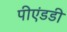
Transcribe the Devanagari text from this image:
पीएंडडी